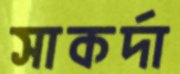
সাকর্দা